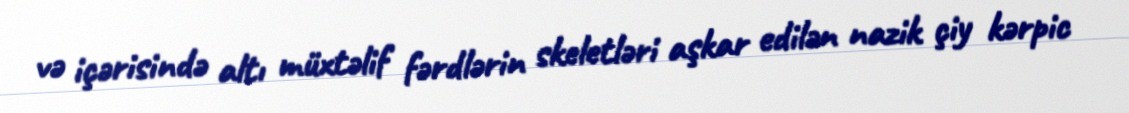
və içərisində altı müxtəlif fərdlərin skeletləri aşkar edilən nazik çiy kərpic